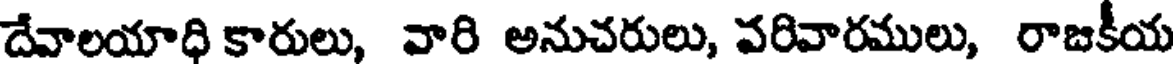
దేవాలయాధి కారులు, వారి అనుచరులు, వరివారములు, రాజకీయ